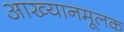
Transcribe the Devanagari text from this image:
आख्यानमूलक